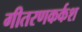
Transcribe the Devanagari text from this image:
गीतरणकर्कश